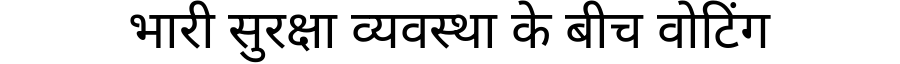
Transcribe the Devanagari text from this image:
भारी सुरक्षा व्यवस्था के बीच वोटिंग